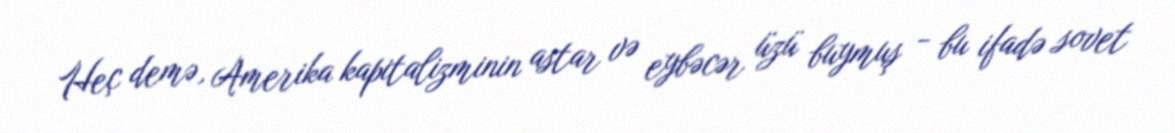
Heç demə, Amerika kapitalizminin astar və eybəcər üzü buymuş - bu ifadə sovet